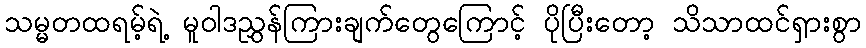
သမ္မတထရမ့်ရဲ့ မူဝါဒညွှန်ကြားချက်တွေကြောင့် ပိုပြီးတော့ သိသာထင်ရှားစွာ